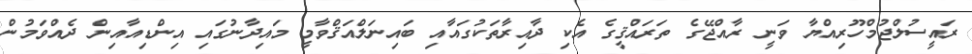
ރައީސުލްޖުމްހޫރިއްޔާ ވަނީ ރާއްޖޭގެ ތަރައްޤީގެ އެކި ދާއިރާތަކުގައާއި ބައިނަލްއަޤްވާމީ މައިދާނުގައި އިންޑިއާއިން ދެއްވަމުން